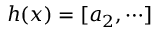
h ( x ) = [ a _ { 2 } , \cdots ]